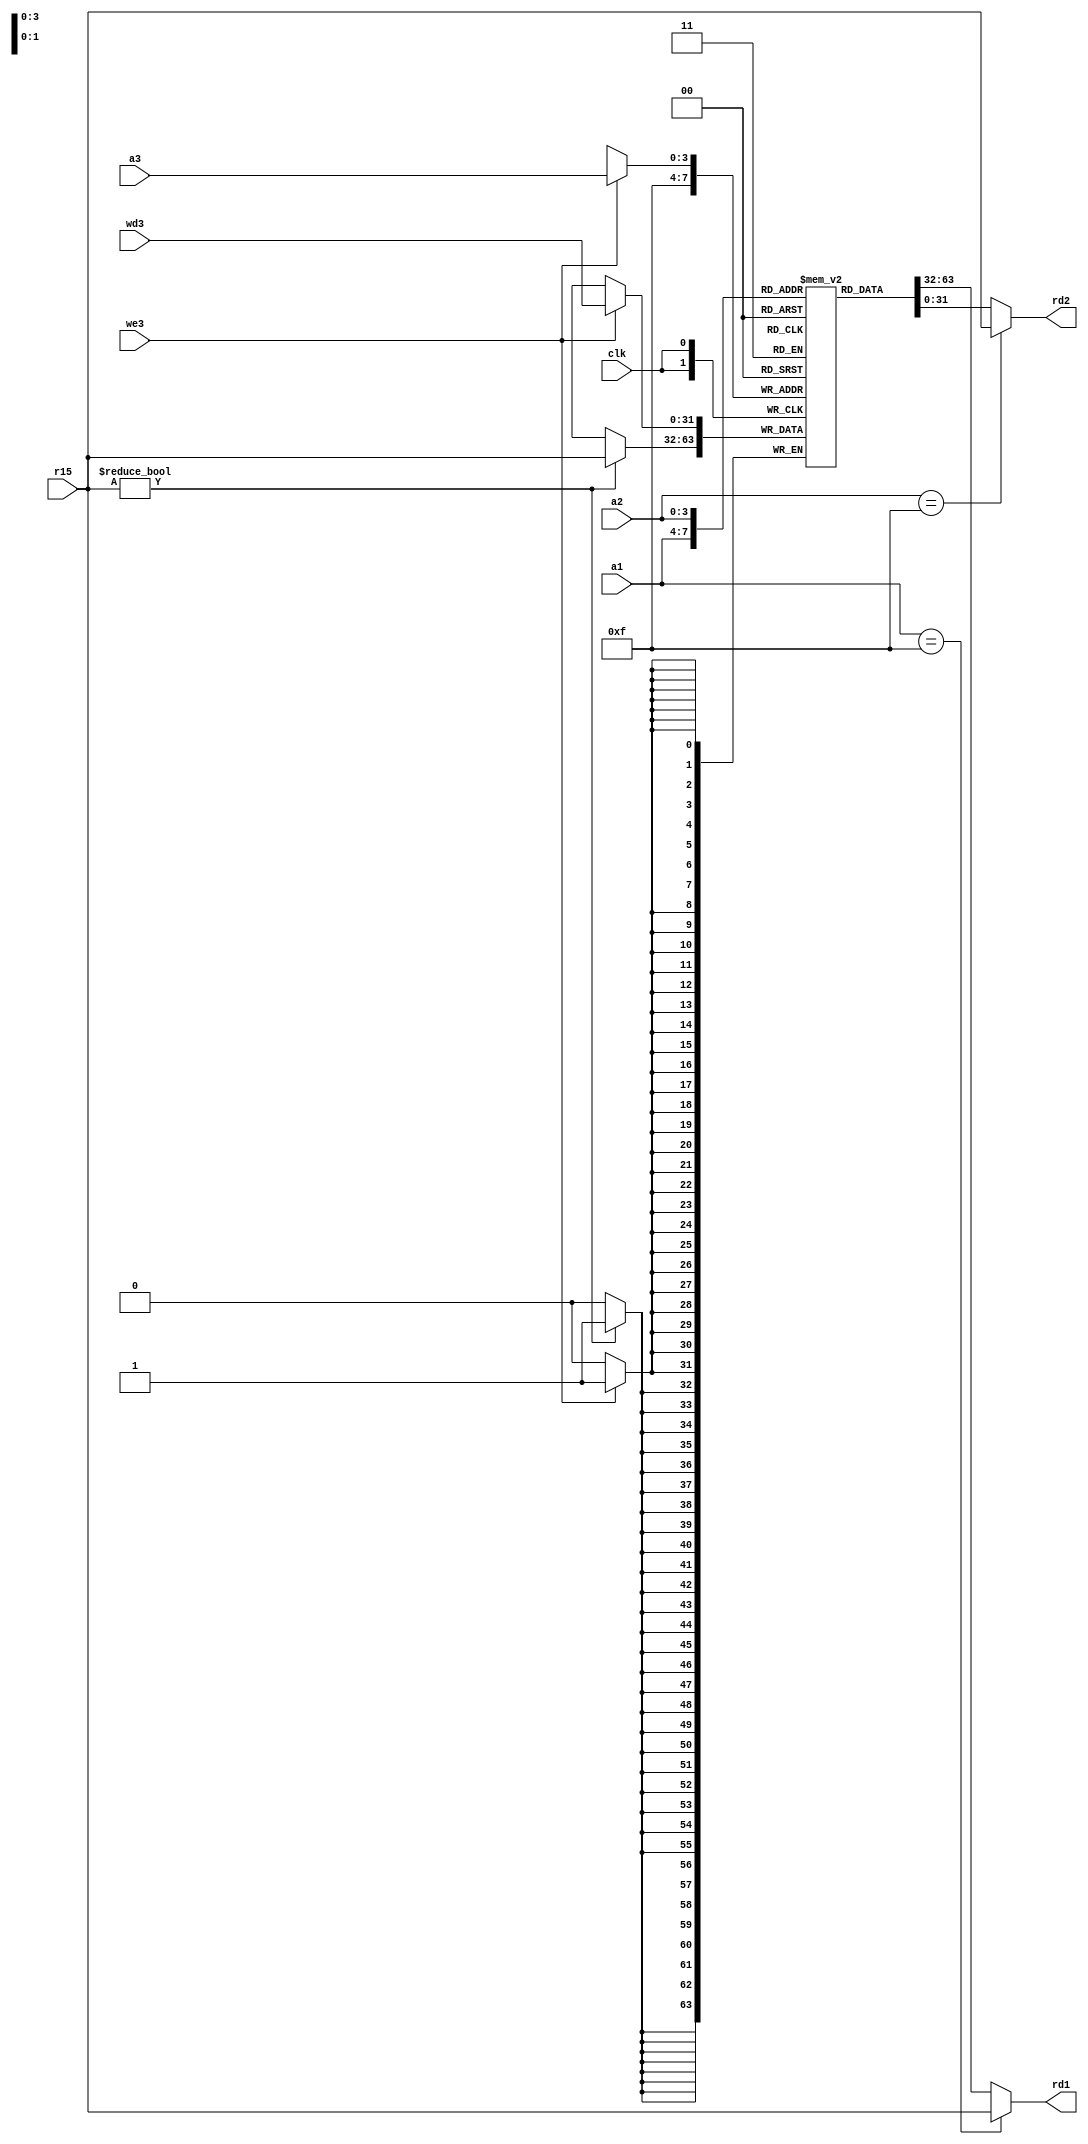
module register_file(input clk,input we3,
                     input [3:0]a1,input [3:0]a2,input [3:0]a3,
                     input [31:0] wd3,input [31:0] r15,
                     output [31:0]rd1 ,output[31:0] rd2 
                    );
                    reg[31:0] mem[0:15];
                    always@(posedge clk)begin 
							      if(we3) mem[a3]=wd3;
							      if(r15) mem[15]=r15;
							      end
							
					assign rd1 = (a1 == 4'b1111) ? r15 : mem[a1];
					assign rd2 = (a2 == 4'b1111) ? r15 : mem[a2];
                    /*always@(*) begin
                           if(!(&(a1))) rd1=mem[a1]; else rd1 = r15;
                           if(!(&(a2))) rd2=mem[a2]; else rd2 = r15;
                    end*/
					
  
endmodule